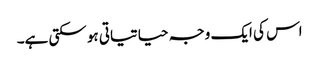
اس کی ایک وجہ حیاتیاتی ہو سکتی ہے۔